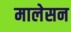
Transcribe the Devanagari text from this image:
मालेसन